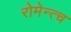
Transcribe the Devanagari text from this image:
रोमेन्त्च